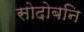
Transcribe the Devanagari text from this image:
सोदोबनि